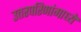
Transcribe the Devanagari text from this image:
उत्तरपरिणांमाध्ये